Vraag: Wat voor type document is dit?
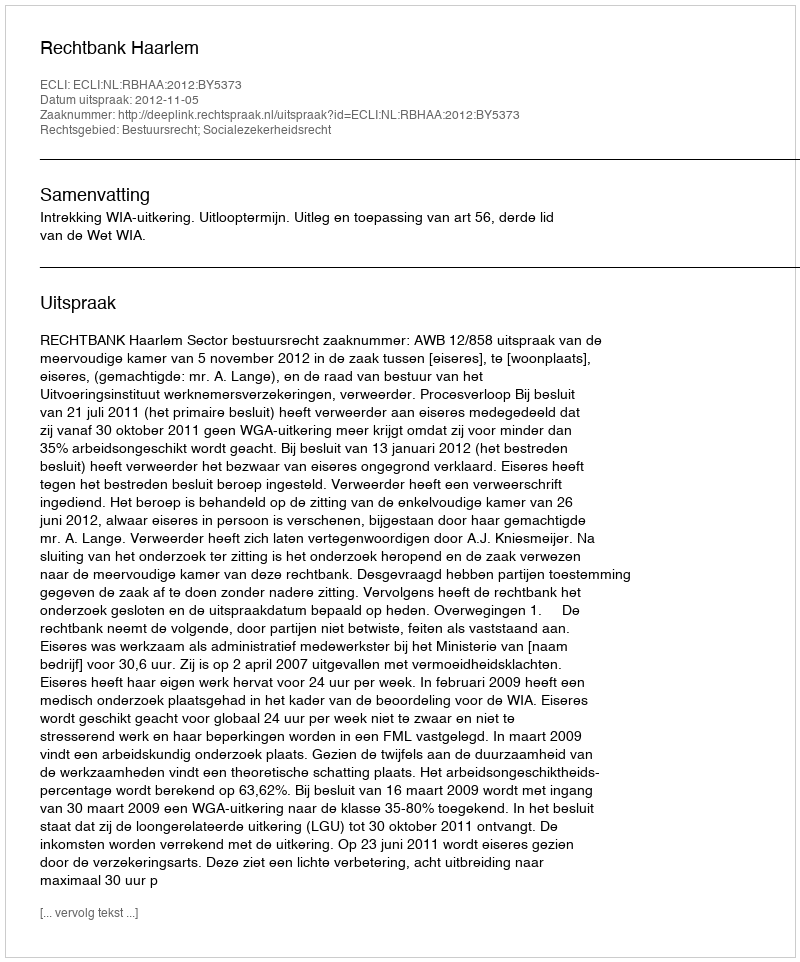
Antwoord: Uitspraak